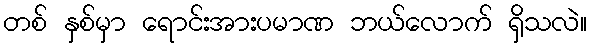
တစ် နှစ်မှာ ရောင်းအားပမာဏ ဘယ်လောက် ရှိသလဲ။